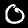
Label: 0